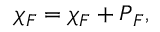
\= \chi _ { \/ F } = \chi _ { \/ F } \= I + \= P _ { \/ F } ,